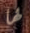
لها